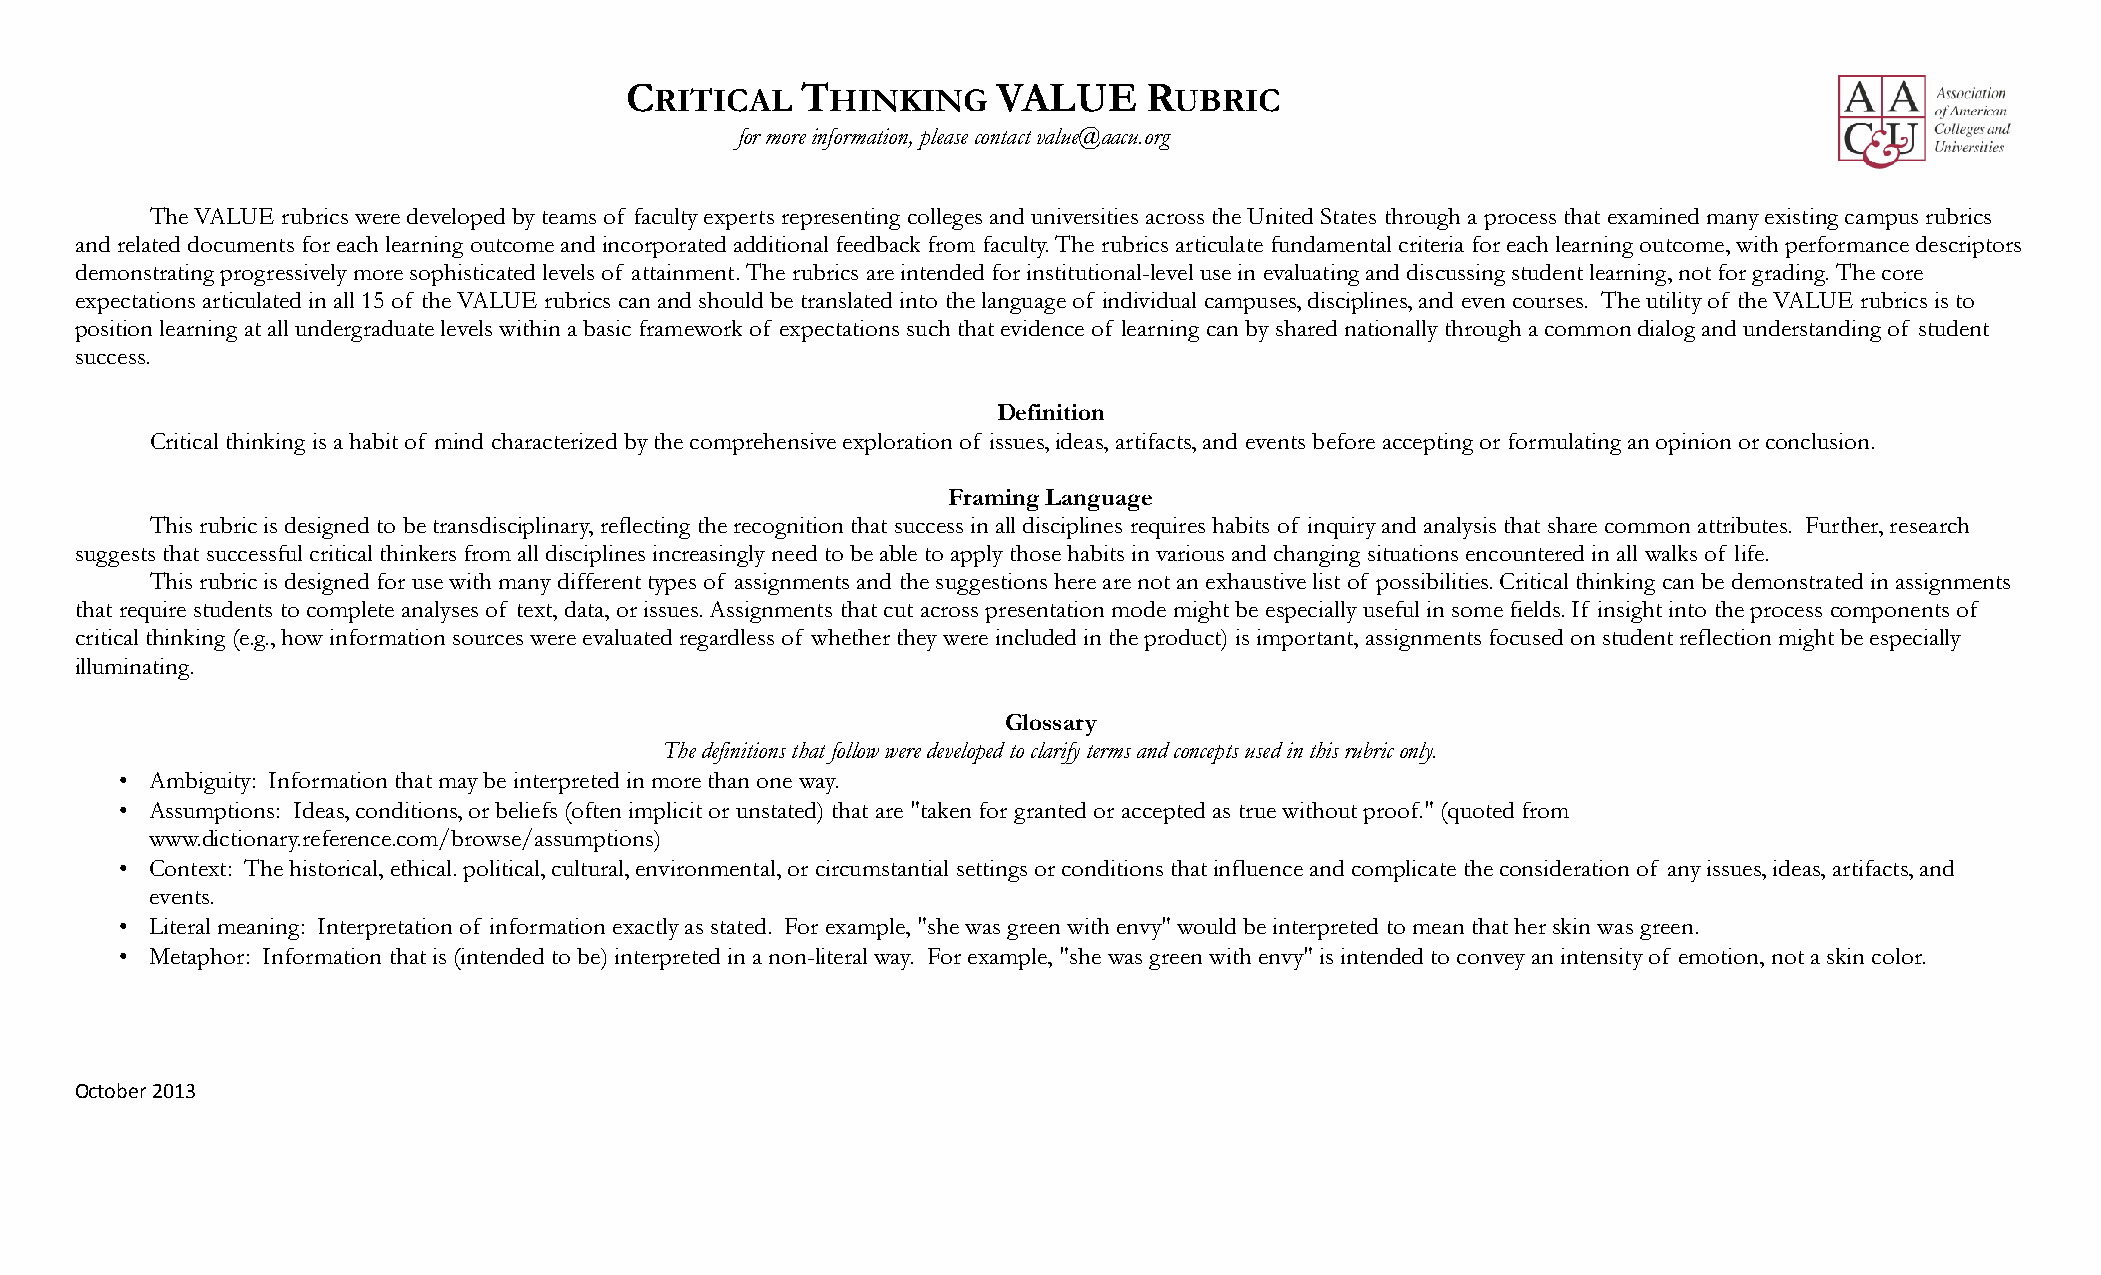
C           T            VALUE     R
 RITICAL     HINKING                UBRIC
 for more information, please contact value@aacu.org
 The VALUE rubrics were developed by teams of faculty experts representing colleges and universities across the United States through a process that examined many existing campus rubrics
 and related documents for each learning outcome and incorporated additional feedback from faculty. The rubrics articulate fundamental criteria for each learning outcome, with performance descriptors
 demonstrating progressively more sophisticated levels of attainment. The rubrics are intended for institutional-level use in evaluating and discussing student learning, not for grading. The core
 expectations articulated in all 15 of the VALUE rubrics can and should be translated into the language of individual campuses, disciplines, and even courses. The utility of the VALUE rubrics is to
 position learning at all undergraduate levels within a basic framework of expectations such that evidence of learning can by shared nationally through a common dialog and understanding of student
 success.
 Definition
 Critical thinking is a habit of mind characterized by the comprehensive exploration of issues, ideas, artifacts, and events before accepting or formulating an opinion or conclusion.
 Framing Language
 This rubric is designed to be transdisciplinary, reflecting the recognition that success in all disciplines requires habits of inquiry and analysis that share common attributes. Further, research
 suggests that successful critical thinkers from all disciplines increasingly need to be able to apply those habits in various and changing situations encountered in all walks of life.
 This rubric is designed for use with many different types of assignments and the suggestions here are not an exhaustive list of possibilities. Critical thinking can be demonstrated in assignments
 that require students to complete analyses of text, data, or issues. Assignments that cut across presentation mode might be especially useful in some fields. If insight into the process components of
 critical thinking (e.g., how information sources were evaluated regardless of whether they were included in the product) is important, assignments focused on student reflection might be especially
 illuminating.
 Glossary
 The definitions that follow were developed to clarify terms and concepts used in this rubric only.
 • Ambiguity: Information that may be interpreted in more than one way.
 • Assumptions: Ideas, conditions, or beliefs (often implicit or unstated) that are "taken for granted or accepted as true without proof." (quoted from
 www.dictionary.reference.com/browse/assumptions)
 • Context: The historical, ethical. political, cultural, environmental, or circumstantial settings or conditions that influence and complicate the consideration of any issues, ideas, artifacts, and
 events.
 • Literal meaning: Interpretation of information exactly as stated. For example, "she was green with envy" would be interpreted to mean that her skin was green.
 • Metaphor: Information that is (intended to be) interpreted in a non-literal way. For example, "she was green with envy" is intended to convey an intensity of emotion, not a skin color.
 October 2013